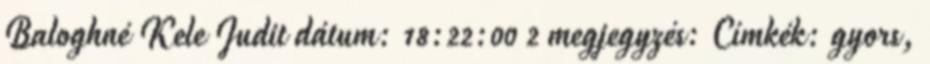
Baloghné Kele Judit dátum: 18:22:00 2 megjegyzés: Címkék: gyors,